Insane asylums in Bengal annual reports 1867-1875 - 1867-1875
Year: 1867
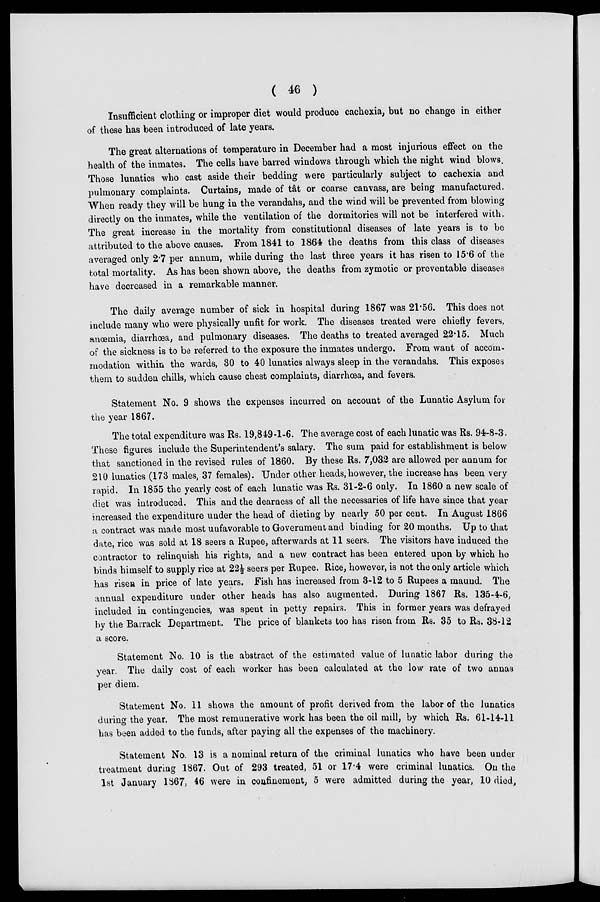
( 46 )
Insufficient clothing or improper diet would produce cachexia, but no change in either
of these has been introduced of late years.
The great alternations of temperature in December had a most injurious effect on the
health of the inmates. The cells have barred windows through which the night wind blows.
Those lunatics who cast aside their bedding were particularly subject to cachexia and
pulmonary complaints. Curtains, made of tât or coarse canvass, are being manufactured.
When ready they will be hung in the verandahs, and the wind will be prevented from blowing
directly on the inmates, while the ventilation of the dormitories will not be interfered with.
The great increase in the mortality from constitutional diseases of late years is to be
attributed to the above causes. From 1841 to 1864 the deaths from this class of diseases
averaged only 2.7 per annum, while during the last three years it has risen to 15.6 of the
total mortality. As has been shown above, the deaths from zymotic or preventable diseases
have decreased in a remarkable manner.
The daily average number of sick in hospital during 1867 was 21.56. This does not
include many who were physically unfit for work. The diseases treated were chiefly fevers,
anœmia, diarrhœa, and pulmonary diseases. The deaths to treated averaged 22.15. Much
of the sickness is to be referred to the exposure the inmates undergo. From want of accom-
modation within the wards, 30 to 40 lunatics always sleep in the verandahs. This exposes
them to sudden chills, which cause chest complaints, diarrhœa, and fevers.
Statement No. 9 shows the expenses incurred on account of the Lunatic Asylum for
the year 1867.
The total expenditure was Rs. 19,849-1-6. The average cost of each lunatic was Rs. 94-8-3.
These figures include the Superintendent's salary. The sum paid for establishment is below
that sanctioned in the revised rules of 1860. By these Rs. 7,032 are allowed per annum for
210 lunatics (173 males, 37 females). Under other heads, however, the increase has been very
rapid. In 1855 the yearly cost of each lunatic was Rs. 31-2-6 only. In 1860 a new scale of
diet was introduced. This and the dearness of all the necessaries of life have since that year
increased the expenditure under the head of dieting by nearly 50 per cent. In August 1866
a contract was made most unfavorable to Government and binding for 20 months. Up to that
date, rice was sold at 18 seers a Rupee, afterwards at 11 seers. The visitors have induced the
contractor to relinquish his rights, and a new contract has been entered upon by which he
binds himself to supply rice at 22½ seers per Rupee. Rice, however, is not the only article which
has risen in price of late years. Fish has increased from 3-12 to 5 Rupees a maund. The
annual expenditure under other heads has also augmented. During 1867 Rs. 135-4-6,
included in contingencies, was spent in petty repairs. This in former years was defrayed
by the Barrack Department. The price of blankets too has risen from Rs. 35 to Rs. 38-12
a score.
Statement No. 10 is the abstract of the estimated value of lunatic labor during the
year. The daily cost of each worker has been calculated at the low rate of two annas
per diem.
Statement No. 11 shows the amount of profit derived from the labor of the lunatics
during the year. The most remunerative work has been the oil mill, by which Rs. 61-14-11
has been added to the funds, after paying all the expenses of the machinery.
Statement No. 13 is a nominal return of the criminal lunatics who have been under
treatment during 1867. Out of 293 treated, 51 or 17.4 were criminal lunatics. On the
1st January 1867, 46 were in confinement, 5 were admitted during the year, 10 died,